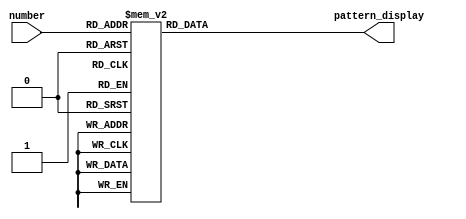
module seven_segment_display(input [3:0] number ,output reg [7:0] pattern_display ); 
always @*
begin 
		case(number)
			4'h0: pattern_display <= 8'b11000000;
			4'h1: pattern_display <= 8'b11111001;
			4'h2: pattern_display <= 8'b10100100;
			4'h3: pattern_display <= 8'b10110000;
			4'h4: pattern_display <= 8'b10011001;
			4'h5: pattern_display <= 8'b10010010; 
			4'h6: pattern_display <= 8'b10000010;
			4'h7: pattern_display <= 8'b11111000;
			4'h8: pattern_display <= 8'b10000000;
			4'h9: pattern_display <= 8'b10011000;
			4'hA: pattern_display <= 8'b10001000;
			4'hB: pattern_display <= 8'b10000011;
			4'hC: pattern_display <= 8'b11000110;
			4'hD: pattern_display <= 8'b10100001;
			4'hE: pattern_display <= 8'b10000110;
			4'hF: pattern_display <= 8'b10001110;
			default: pattern_display <= 8'b11000000;
		endcase
end
endmodule